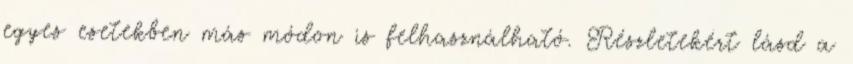
egyes esetekben más módon is felhasználható. Részletekért lásd a